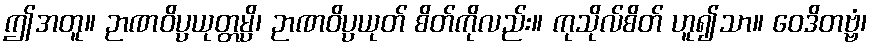
ဤအတူ။ ဉာဏဝိပ္ပယုတ္တမ္ပိ၊ ဉာဏဝိပ္ပယုတ် စိတ်ကိုလည်း။ ကုသိုလ်စိတ် ဟူ၍သာ။ ဝေဒိတဗ္ဗံ၊